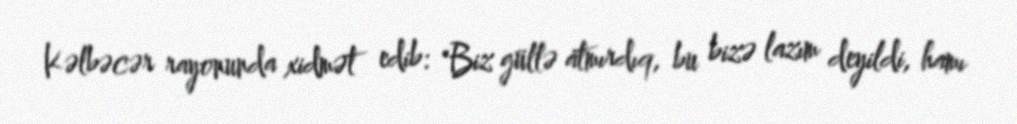
Kəlbəcər rayonunda xidmət edib: "Biz güllə atmırdıq, bu bizə lazım deyildi, hamı